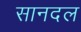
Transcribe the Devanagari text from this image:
सानदल